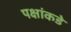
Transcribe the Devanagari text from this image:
पक्षांकडे